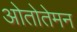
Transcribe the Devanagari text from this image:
ओतोतेमन